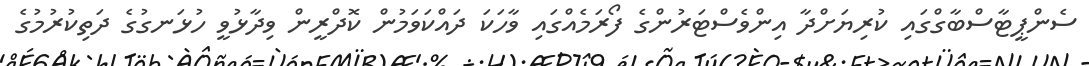
ސެންޕީޓާސްބާގްގައި ކުރިޔަށްދާ އިންވެސްޓަރުންގެ ފޯރަމެއްގައި ވާހަކަ ދައްކަވަމުން ކޮދްރީން ވިދާޅުވީ ހުޅަނގުގެ ދަތިކުރުމުގެ